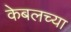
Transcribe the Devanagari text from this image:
केबलच्या